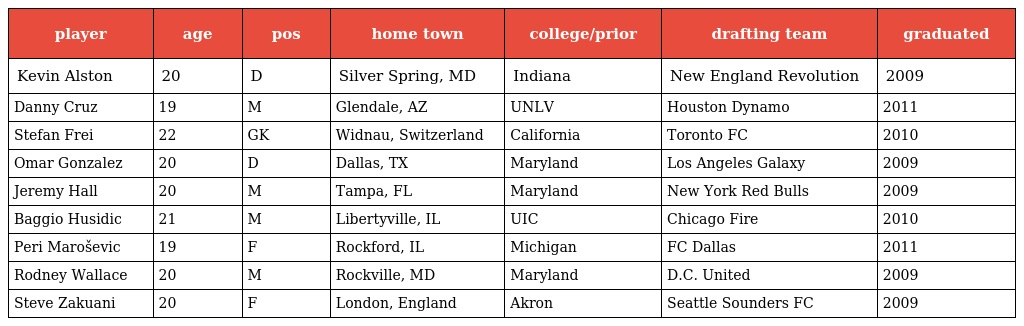
| player | age | pos | home town | college/prior | drafting team | graduated |
 | --- | --- | --- | --- | --- | --- | --- |
 | Kevin Alston | 20 | D | Silver Spring, MD | Indiana | New England Revolution | 2009 |
 | Danny Cruz | 19 | M | Glendale, AZ | UNLV | Houston Dynamo | 2011 |
 | Stefan Frei | 22 | GK | Widnau, Switzerland | California | Toronto FC | 2010 |
 | Omar Gonzalez | 20 | D | Dallas, TX | Maryland | Los Angeles Galaxy | 2009 |
 | Jeremy Hall | 20 | M | Tampa, FL | Maryland | New York Red Bulls | 2009 |
 | Baggio Husidic | 21 | M | Libertyville, IL | UIC | Chicago Fire | 2010 |
 | Peri Maroševic | 19 | F | Rockford, IL | Michigan | FC Dallas | 2011 |
 | Rodney Wallace | 20 | M | Rockville, MD | Maryland | D.C. United | 2009 |
 | Steve Zakuani | 20 | F | London, England | Akron | Seattle Sounders FC | 2009 |